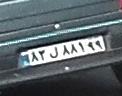
۸۳ل۸۸۱۹۹